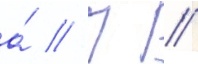
а́ // П //